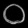
Digit: ၀